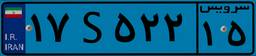
۱۷S۵۲۲۱۵